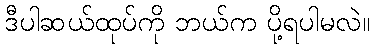
ဒီပါဆယ်ထုပ်ကို ဘယ်က ပို့ရပါမလဲ။